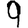
Digit: 9